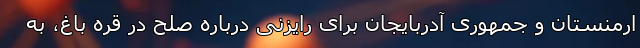
ارمنستان و جمهوری آدربایجان برای رایزنی درباره صلح در قره باغ، به